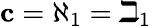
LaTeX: \mathbf{c}=\aleph_{1}=\beth_{1}